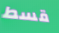
قسط